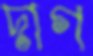
দাগ